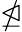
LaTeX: \ntrianglelefteq